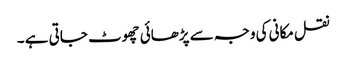
نقل مکانی کی وجہ سے پڑھائی چھوٹ جاتی ہے ۔